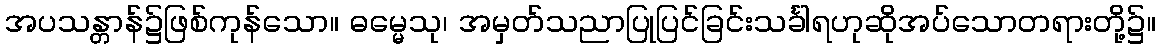
အပသန္တာန်၌ဖြစ်ကုန်သော။ ဓမ္မေသု၊ အမှတ်သညာပြုပြင်ခြင်းသင်္ခါရဟုဆိုအပ်သောတရားတို့၌။